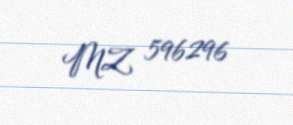
MZ 596296